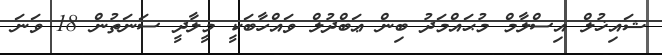
ޝައިޚުލް އިސްލާމް މުޙައްމަދު ބިން ޢަބްދުލް ވައްހާބަކީ މީލާދީ ސަނަތުން 18 ވަނަ